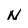
Character: N